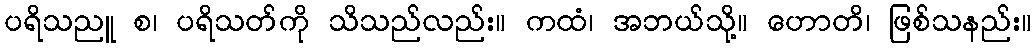
ပရိသညူ စ၊ ပရိသတ်ကို သိသည်လည်း။ ကထံ၊ အဘယ်သို့။ ဟောတိ၊ ဖြစ်သနည်း။